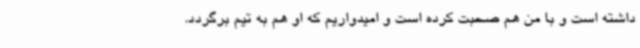
داشته است و با من هم صحبت کرده است و امیدواریم که او هم به تیم برگردد.